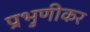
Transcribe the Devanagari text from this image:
प्रभुणीकर